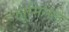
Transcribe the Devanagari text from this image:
लूमिनल